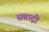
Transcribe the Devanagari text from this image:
सम्राद्नी